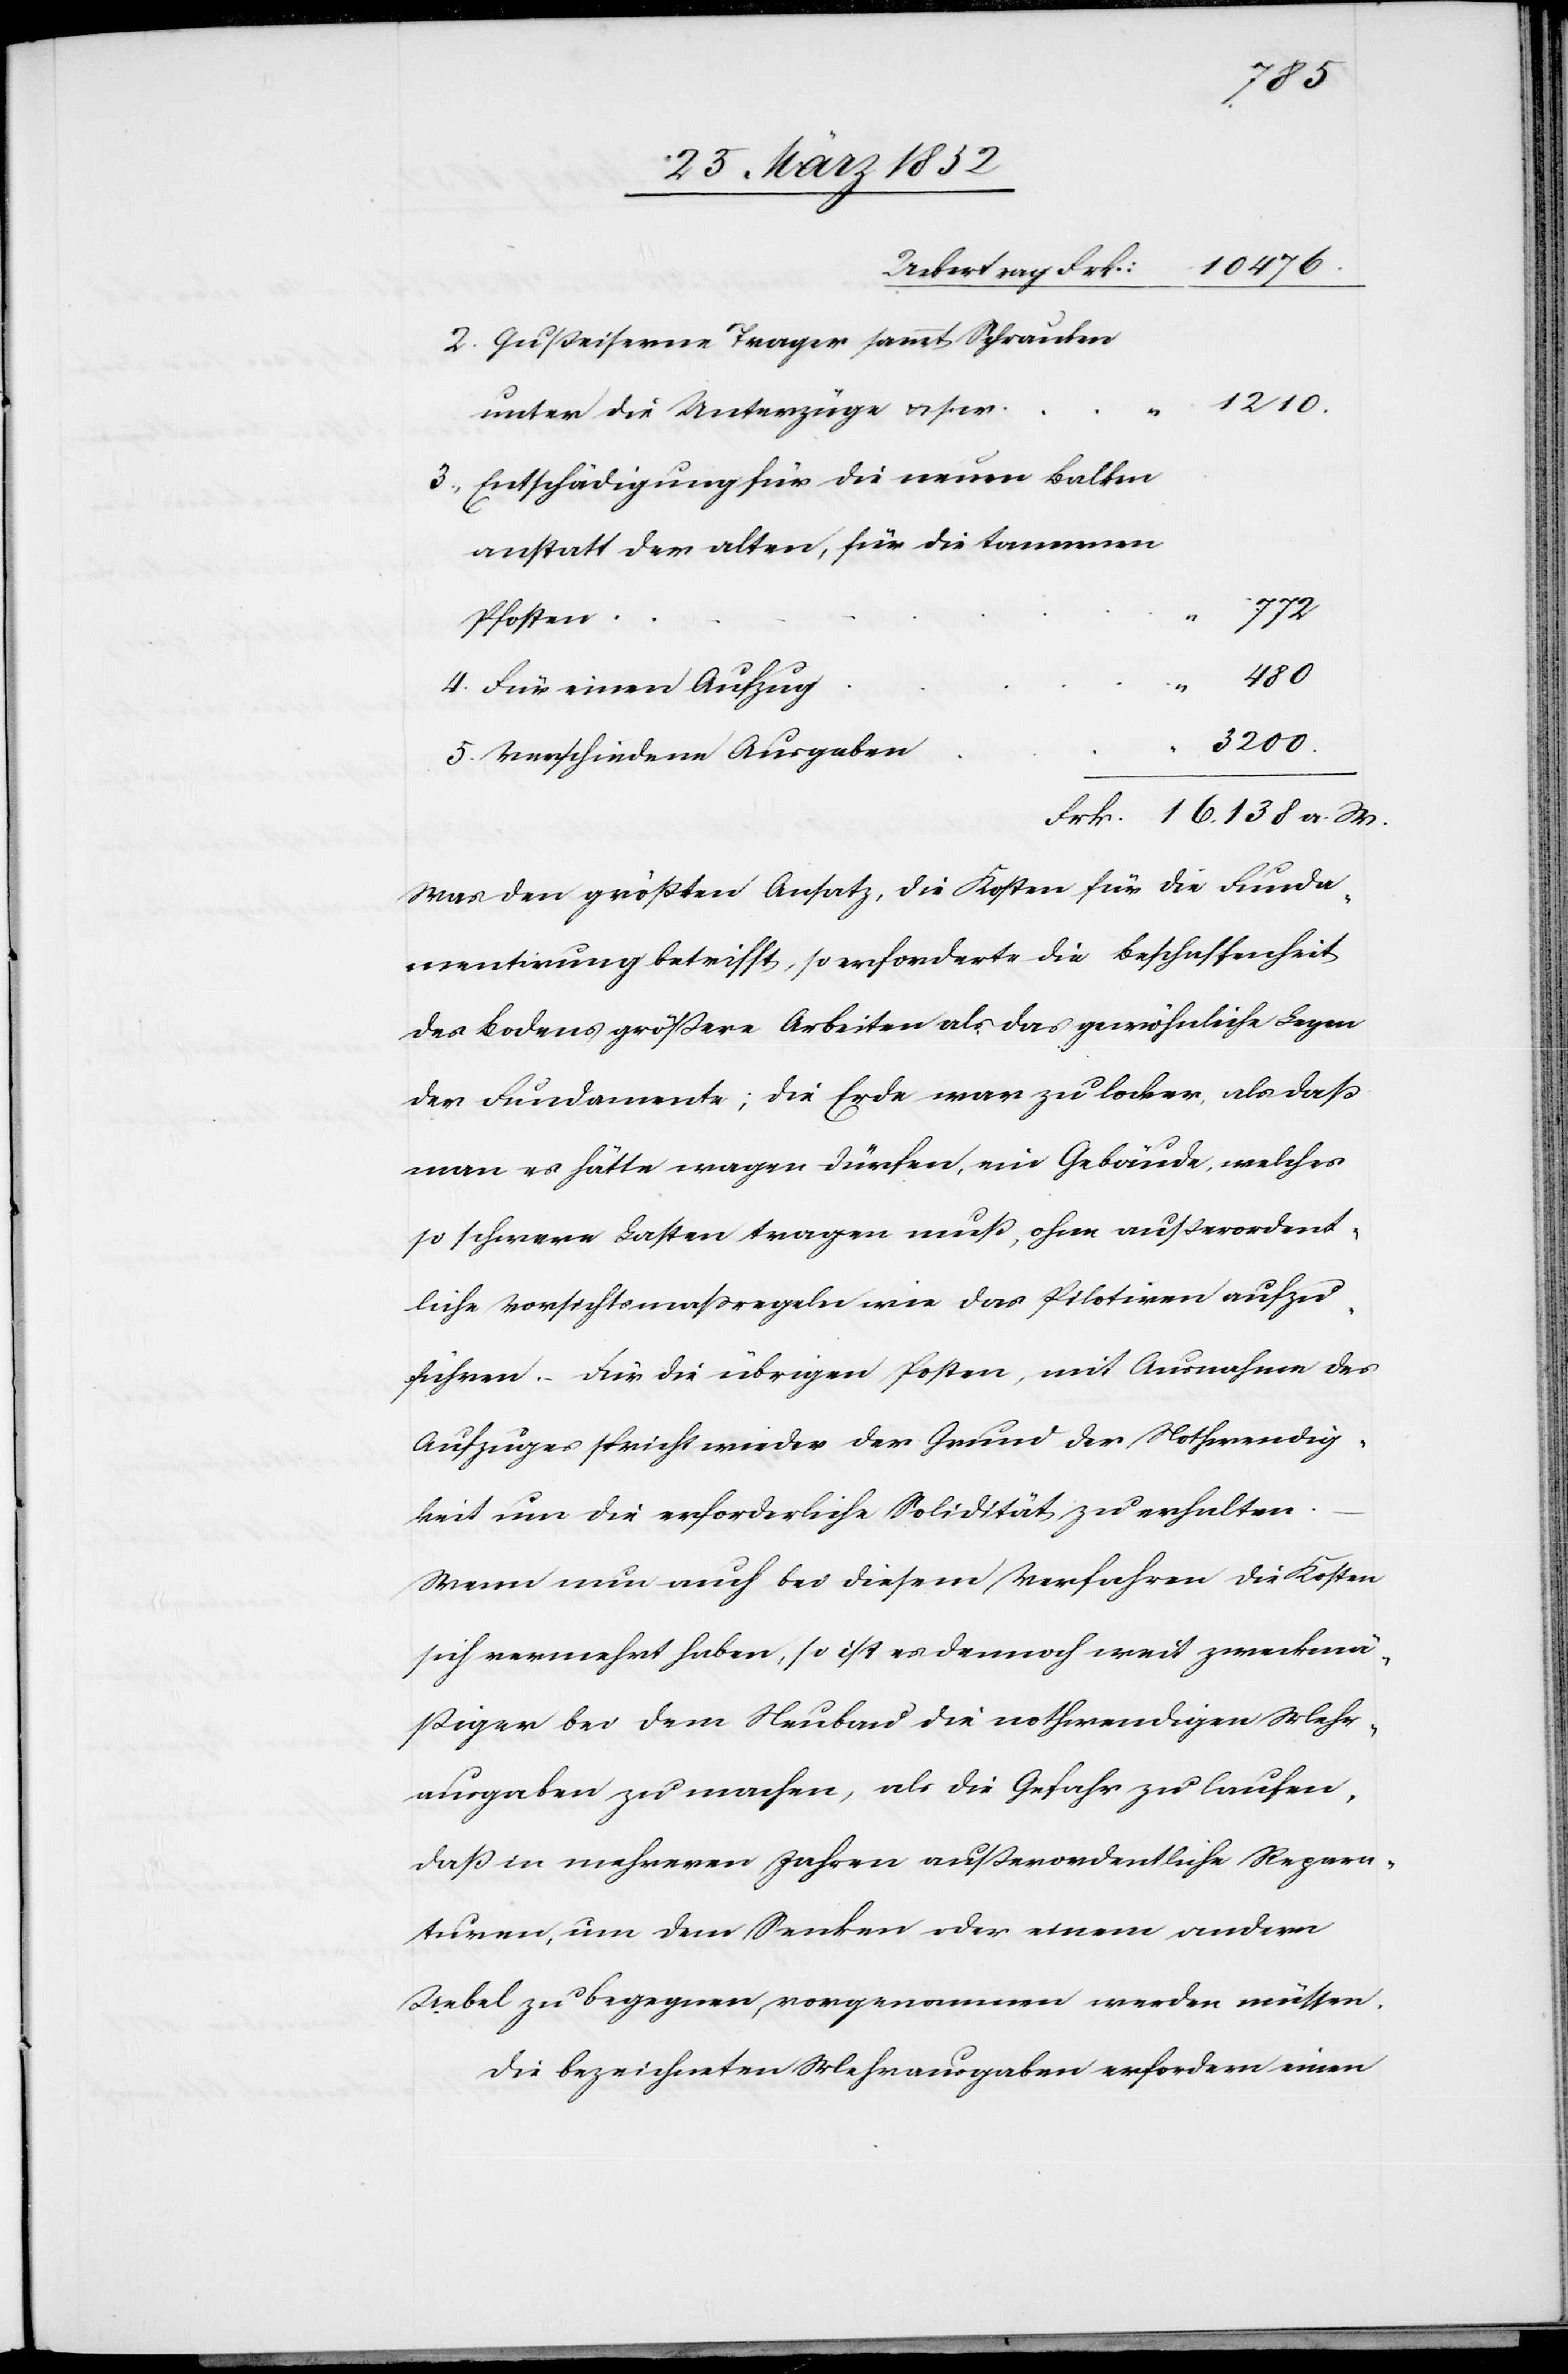
Gußeiserne Trager sammt Schranken
1210.
unter die Unterzüge u. s. w.
3.
Entschädigung für die neuen Balken
anstatt der alten, für die tannenen
772.
Pfosten
138.
a.
Für einen Aufzug
3200.
Verschiedene Ausgaben
Was den größten Ansatz, die Kosten für die Funda¬
mentirung betrifft, so erforderte die Beschaffenheit
des Bodens größere Arbeiten als das gewöhnliche Legen
der Fundamente; die Erde war zu locker, als daß
man es hätte wagen dürfen, ein Gebäude, welches
so schwere Lasten tragen muß, ohne außerordent¬
liche Vorsichtsmaßregeln wie das Pilotiren aufzu¬
führen. – Für die übrigen Posten mit Ausnahme des
Aufzuges spricht wieder der Grund der Nothwendig¬
keit um die erforderliche Solidität zu erhalten.
Wenn nun auch bei diesem Verfahren die Kosten
sich vermehrt haben, so ist es dennoch weit zweckmä¬
ßiger bei dem Neubau die nothwendigen Mehr¬
ausgaben zu machen, als die Gefahr zu laufen,
daß in mehreren Jahren außerordentliche Repara¬
turen, um dem Senken oder einem andern
Uebel zu begegnen, vorgenommen werden müssen.
Die bezeichneten Mehrausgaben erfordern einen